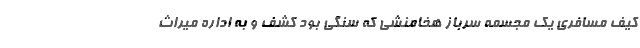
کیف مسافری یک مجسمه سرباز هخامنشی که سنگی بود کشف و به اداره میراث